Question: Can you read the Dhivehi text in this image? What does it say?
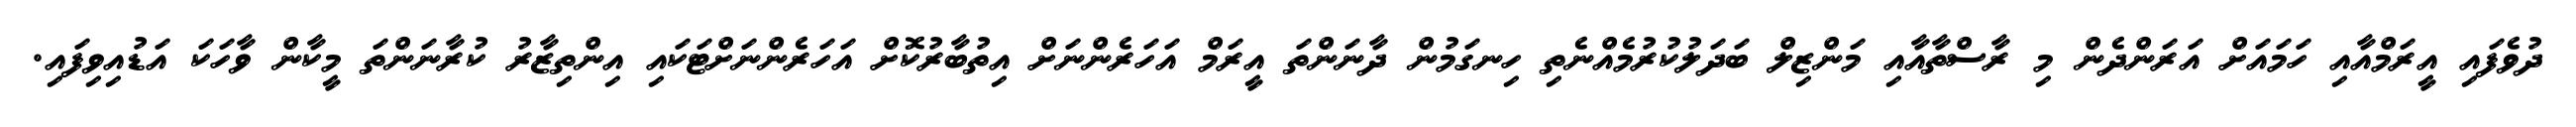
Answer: ދުވެފައި އީރަމްއާއި ހަމައަށް އަރަންދެން މި ރާސްތާއާއި މަންޒިލް ބަދަލުކުރުމެއްނެތި ހިނގަމުން ދާނަންތަ އީރަމް އަހަރެންނަށް އިތުބާރުކޮށް އަހަރެންނަށްޓަކައި އިންތިޒާރު ކުރާނަންތަ މީކާން ވާހަކަ އަޑުއިވިފައި.